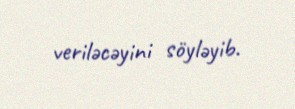
veriləcəyini söyləyib.